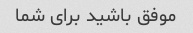
موفق باشید برای شما